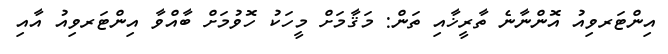
އިންޓަރވިއު އޮންނާނެ ތާރީޚާއި ތަން: މަޤާމަށް މީހަކު ހޮވުމަށް ބާއްވާ އިންޓަރވިއު އާއި